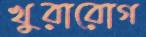
খুরারোগ